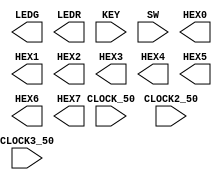

//=======================================================
//  This code is generated by Terasic System Builder
//=======================================================

module t1(

	//////////// CLOCK //////////
	CLOCK_50,
	CLOCK2_50,
	CLOCK3_50,

	//////////// LED //////////
	LEDG,
	LEDR,

	//////////// KEY //////////
	KEY,

	//////////// SW //////////
	SW,

	//////////// SEG7 //////////
	HEX0,
	HEX1,
	HEX2,
	HEX3,
	HEX4,
	HEX5,
	HEX6,
	HEX7 
);

//=======================================================
//  PARAMETER declarations
//=======================================================


//=======================================================
//  PORT declarations
//=======================================================

//////////// CLOCK //////////
input 		          		CLOCK_50;
input 		          		CLOCK2_50;
input 		          		CLOCK3_50;

//////////// LED //////////
output		     [8:0]		LEDG;
output		    [17:0]		LEDR;

//////////// KEY //////////
input 		     [3:0]		KEY;

//////////// SW //////////
input 		    [17:0]		SW;

//////////// SEG7 //////////
output		     [6:0]		HEX0;
output		     [6:0]		HEX1;
output		     [6:0]		HEX2;
output		     [6:0]		HEX3;
output		     [6:0]		HEX4;
output		     [6:0]		HEX5;
output		     [6:0]		HEX6;
output		     [6:0]		HEX7;


//=======================================================
//  REG/WIRE declarations
//=======================================================




//=======================================================
//  Structural coding
//=======================================================



endmodule